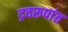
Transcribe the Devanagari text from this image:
द्रवरूपांत